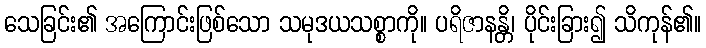
သေခြင်း၏ အကြောင်းဖြစ်သော သမုဒယသစ္စာကို။ ပရိဇာနန္တိ၊ ပိုင်းခြား၍ သိကုန်၏။